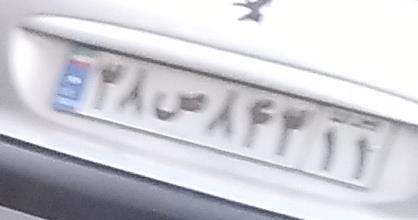
۳۸ص۸۴۳۱۱